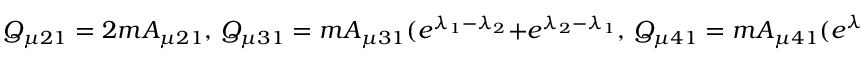
Q _ { \mu 2 1 } = 2 m A _ { \mu 2 1 } , \, Q _ { \mu 3 1 } = m A _ { \mu 3 1 } ( e ^ { \lambda _ { 1 } - \lambda _ { 2 } } + e ^ { \lambda _ { 2 } - \lambda _ { 1 } } , \, Q _ { \mu 4 1 } = m A _ { \mu 4 1 } ( e ^ { \lambda _ { 1 } - \lambda _ { 3 } } + e ^ { \lambda _ { 3 } - \lambda _ { 1 } } , \, Q _ { \mu 3 2 } = m A _ { \mu 3 2 } ( e ^ { \lambda _ { 1 } - \lambda _ { 2 } } + e ^ { \lambda _ { 2 } - \lambda _ { 1 } } , \, Q _ { \mu 4 2 } = m A _ { \mu 4 2 } ( e ^ { \lambda _ { 1 } - \lambda _ { 3 } } + e ^ { \lambda _ { 3 } - \lambda _ { 1 } } , \, Q _ { \mu 4 3 } = m A _ { \mu 4 3 } ( e ^ { \lambda _ { 2 } - \lambda _ { 3 } } + e ^ { \lambda _ { 3 } - \lambda _ { 2 } } .